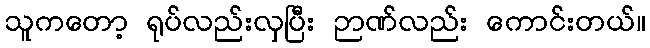
သူကတော့ ရုပ်လည်းလှပြီး ဉာဏ်လည်း ကောင်းတယ်။